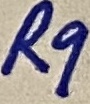
Text: R9